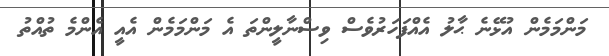
މަންމަމެން އުޅޭނެ ޙާލު އެއްފަހަރުވެސް ވިސްނާލީންތަ އެ މަންމަމެން އެއީ އެންމެ ތުއްތު